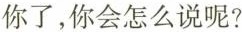
你了，你会怎么说呢?